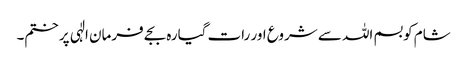
شام کو بسم اللہ سے شروع اور رات گیارہ بجے فرمان الٰہی پر ختم۔